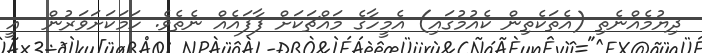
ދިޔުމެއްނެތި (އެތަކެތިން ކެއުމުގައި) އެމީހާގެ މައްޗަކަށް ފާފައެއް ނެތެވެ. ހަމަކަށަވަރުން  އީ